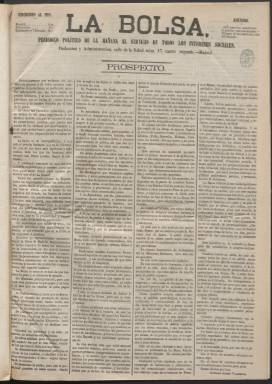
Título: La Bolsa (Madrid. 1864)
Colección: Periódicos
Ámbito geográfico: Madrid
Lugar de publicación: Madrid
Fechas: 01/01/1864-30/12/1865